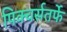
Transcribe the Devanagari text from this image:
पिक्चर्सतर्फे